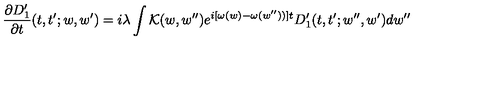
\frac { \partial D _ { 1 } ^ { \prime } } { \partial t } ( t , t ^ { \prime } ; w , w ^ { \prime } ) = i \lambda \int { \cal K } ( w , w ^ { \prime \prime } ) e ^ { i [ \omega ( w ) - \omega ( w ^ { \prime \prime } ) ) ] t } D _ { 1 } ^ { \prime } ( t , t ^ { \prime } ; w ^ { \prime \prime } , w ^ { \prime } ) d w ^ { \prime \prime }